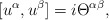
\begin{align*}\lbrack u^{\alpha },u^{\beta }]=i\Theta ^{\alpha \beta }, \end{align*}